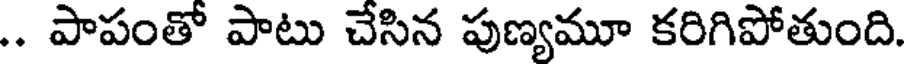
.. పాపంతో పాటు చేసిన పుణ్యమూ కరిగిపోతుంది.